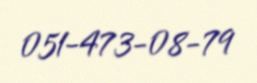
051-473-08-79